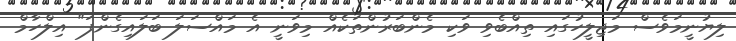
ލިޔުނީމަވެސް މަޖިލީހުގައި ތިއްބެވި ވަކި މެންބަރުންތަކެއް މިވަނީ އެ މައްސަލަ ބަލައިގެންފަ" އިލްހާމް